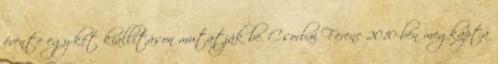
évente egy-két kiállításon mutatják be. Csorbai Ferenc 2010-ben megkapta